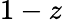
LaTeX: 1-z